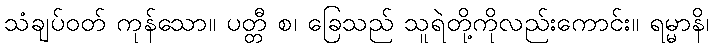
သံချပ်ဝတ် ကုန်သော။ ပတ္တီ စ၊ ခြေသည် သူရဲတို့ကိုလည်းကောင်း။ ရမ္မာနိ၊